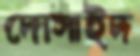
দোসাইদ